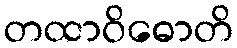
တထာဝိဓောတိ